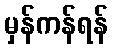
မှန်ကန်ရန်